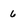
Character: 6